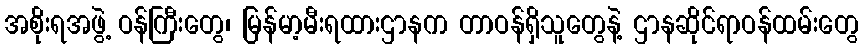
အစိုးရအဖွဲ့ ဝန်ကြီးတွေ၊ မြန်မာ့မီးရထားဌာနက တာဝန်ရှိသူတွေနဲ့ ဌာနဆိုင်ရာဝန်ထမ်းတွေ